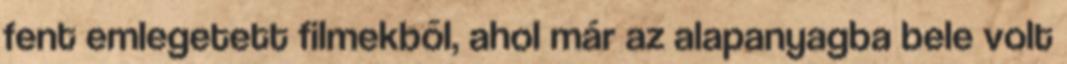
fent emlegetett filmekből, ahol már az alapanyagba bele volt